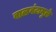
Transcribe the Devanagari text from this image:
वाळवंटामुळे